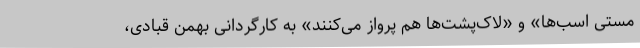
مستی اسب‌ها» و «لاک‌پشت‌ها هم پرواز می‌کنند» به کارگردانی بهمن قبادی،